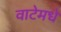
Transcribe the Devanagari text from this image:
वाटेमधे